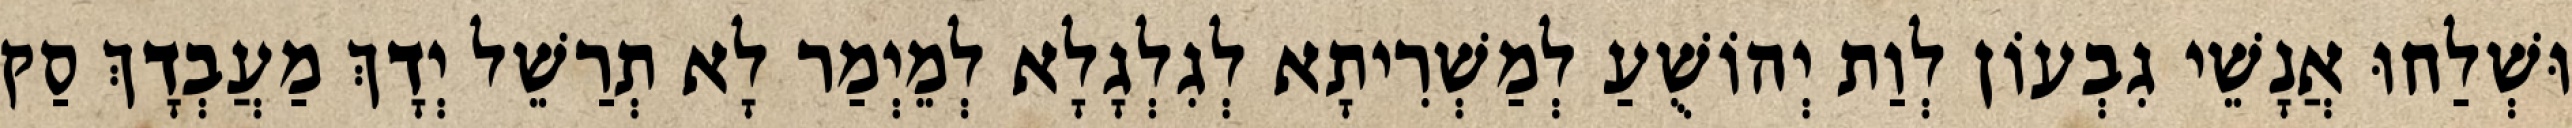
וּשְׁלַחוּ אֲנָשֵׁי גִבְעוֹן לְוַת יְהוֹשֻׁעַ לְמַשְׁרִיתָא לְגִלְגָלָא לְמֵיְמַר לָא תְרַשֵׁל יְדָךְ מַעֲבְדָךְ סַק